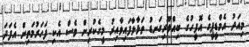
މިއަދު އެމްޑީޕީގެ އޮފީހުގެ ބިއްލޫރިގަނޑު ތަޅާލާފައިވާއިރު މީގެކުރިން ވެސް އެކި ފަހަރުމަތިން އެފަދަ